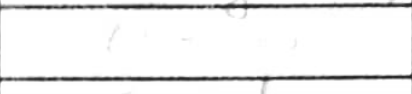
Transcription: O-O